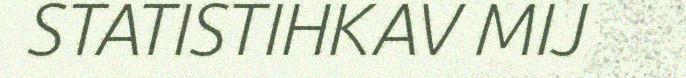
STATISTIHKAV MIJ